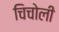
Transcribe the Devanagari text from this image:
चिचोली